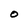
Character: 0